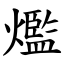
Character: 爁